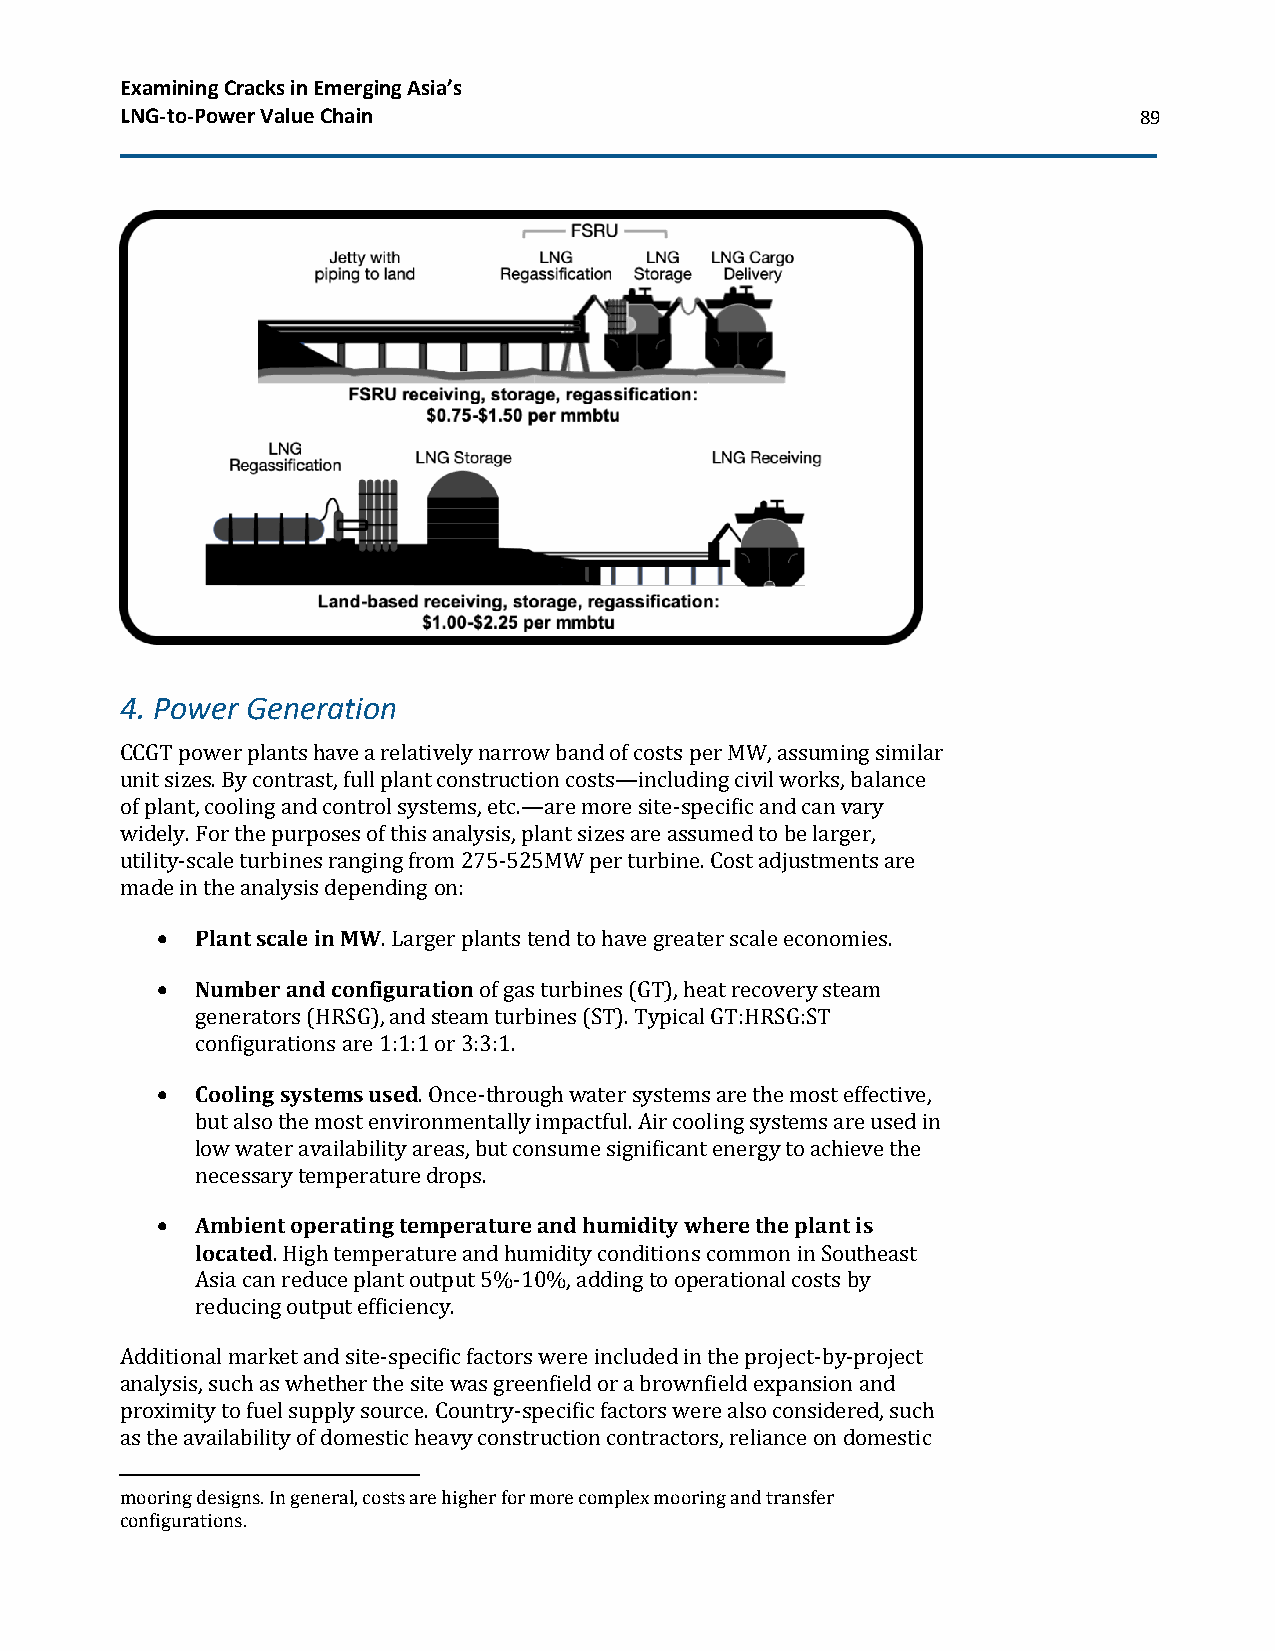
Examining Cracks in Emerging Asia’s
 LNG-to-Power Value Chain                                           89
 4. Power Generation
 CCGT power plants have a relatively narrow band of costs per MW, assuming similar
 unit sizes. By contrast, full plant construction costs—including civil works, balance
 of plant, cooling and control systems, etc.—are more site-specific and can vary
 widely. For the purposes of this analysis, plant sizes are assumed to be larger,
 utility-scale turbines ranging from 275-525MW per turbine. Cost adjustments are
 made in the analysis depending on:
 •  Plant scale in MW. Larger plants tend to have greater scale economies.
 •  Number and configuration of gas turbines (GT), heat recovery steam
 generators (HRSG), and steam turbines (ST). Typical GT:HRSG:ST
 configurations are 1:1:1 or 3:3:1.
 •  Cooling systems used. Once-through water systems are the most effective,
 but also the most environmentally impactful. Air cooling systems are used in
 low water availability areas, but consume significant energy to achieve the
 necessary temperature drops.
 •  Ambient operating temperature and humidity where the plant is
 located. High temperature and humidity conditions common in Southeast
 Asia can reduce plant output 5%-10%, adding to operational costs by
 reducing output efficiency.
 Additional market and site-specific factors were included in the project-by-project
 analysis, such as whether the site was greenfield or a brownfield expansion and
 proximity to fuel supply source. Country-specific factors were also considered, such
 as the availability of domestic heavy construction contractors, reliance on domestic
 mooring designs. In general, costs are higher for more complex mooring and transfer
 configurations.